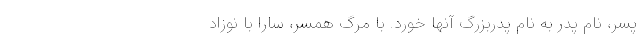
پسر، نام پدر به نام پدربزرگ آنها خورد. با مرگ همسر، سارا با نوزاد